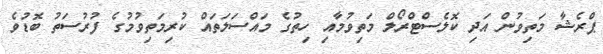
ޕްރެޝާ މަތިވުން އަދި ކޮލެސްޓްރޯލް މަތިވުމާއި ހިތުގެ މައްސަލަތައް ކުރިމަތިވުމުގެ ފުރުސަތު ބޮޑުވެ